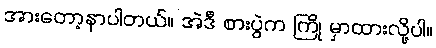
အားတော့နာပါတယ်။ အဲဒီ စားပွဲက ကြို မှာထားလို့ပါ။